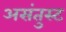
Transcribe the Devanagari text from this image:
असंतुस्ट